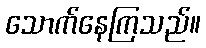
သောက်နေကြသည်။